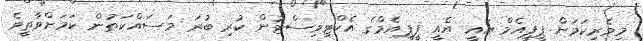
މިވެރިކަމަށް ޕީޕީއެމް އައީ އެއީ ޕީޕީއެމްގެ އެކްޓިވިސްޓުން ކުރި ބުރަ މަސައްކަތުން ކަމަށްވާތީވެ